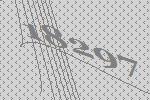
18297